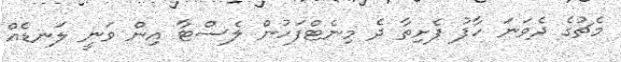
މެޗުގެ ދެވަނަ ހާފު ފެށިތާ ދެ މިނެޓްފަހުން ލެސްޓާ އިން ވަނީ ލަނޑެއް